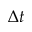
\Delta t